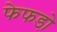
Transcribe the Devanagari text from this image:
फेफडो़